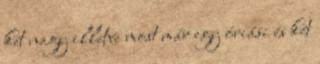
két nagy illetve most már egy óriási és két